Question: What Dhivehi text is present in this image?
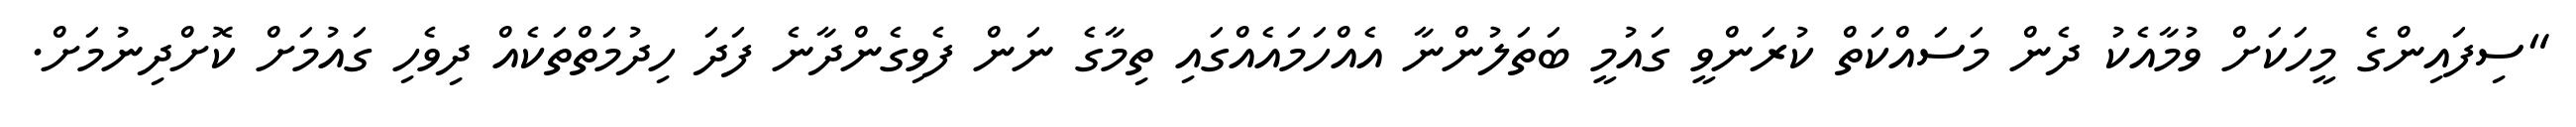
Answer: "ސިފައިންގެ މީހަކަށް ވުމާއެކު ދެން މަސައްކަތް ކުރަންވީ ގައުމީ ބަތަލުންނާ އެއްހަމައެއްގައި ތިމާގެ ނަން ފެވިގެންދާނެ ފަދަ ހިދުމަތްތަކެއް ދިވެހި ގައުމަށް ކޮށްދިނުމަށް.